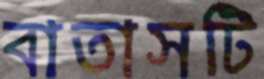
বাতাসটি